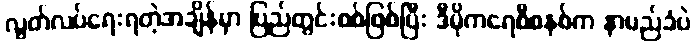
လွတ်လပ်ရေးရတဲ့အချိန်မှာ ပြည်တွင်းစစ်ဖြစ်ပြီး ဒီမိုကရေစီစနစ်က နာမည်ခံပဲ